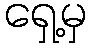
ရှေ့မှ